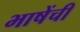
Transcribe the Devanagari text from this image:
भाषेंची